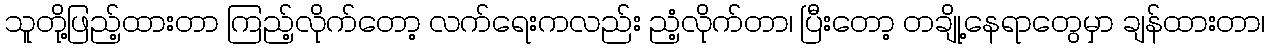
သူတို့ဖြည့်ထားတာ ကြည့်လိုက်တော့ လက်ရေးကလည်း ညံ့လိုက်တာ၊ ပြီးတော့ တချို့နေရာတွေမှာ ချန်ထားတာ၊